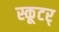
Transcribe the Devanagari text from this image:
स्कूटर्